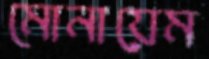
মোনায়েম